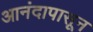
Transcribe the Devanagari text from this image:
आनंदापासून